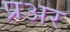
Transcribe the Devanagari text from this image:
प्रअर